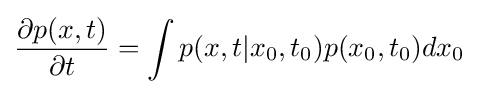
{\frac {\partial p(x,t)}{\partial t}}=\int p(x,t|x_{0},t_{0})p(x_{0},t_{0})dx_{0}